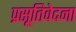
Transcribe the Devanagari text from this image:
प्रसूतिवेदना